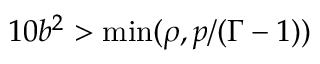
1 0 b ^ { 2 } > \mathrm { m i n } ( \rho , p / ( \Gamma - 1 ) )